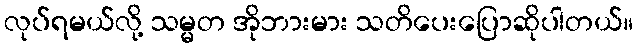
လုပ်ရမယ်လို့ သမ္မတ အိုဘားမား သတိပေးပြောဆိုပါတယ်။